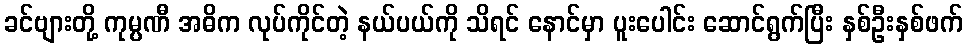
ခင်ဗျားတို့ ကုမ္ပဏီ အဓိက လုပ်ကိုင်တဲ့ နယ်ပယ်ကို သိရင် နောင်မှာ ပူးပေါင်း ဆောင်ရွက်ပြီး နှစ်ဦးနှစ်ဖက်